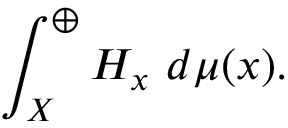
\int _ { X } ^ { \oplus } H _ { x } \ d \mu ( x ) .